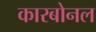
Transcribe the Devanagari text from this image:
कारबोनल